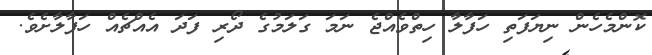
ކޮންމެހެން ނިޔަފަތި ހަފާލާ ހިތްވެއްޖެ ނަމަ ގަލަމުގެ ދޯރި ފަދަ އެއްޗެއް ހަފާލާށެވެ.